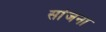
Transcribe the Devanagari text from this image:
सांजना